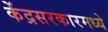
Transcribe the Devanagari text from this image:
केंद्रसरकारमध्ये